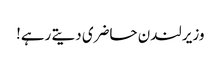
وزیر لندن حاضری دیتے رہے!